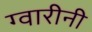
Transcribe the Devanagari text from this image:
ग्वारीनी